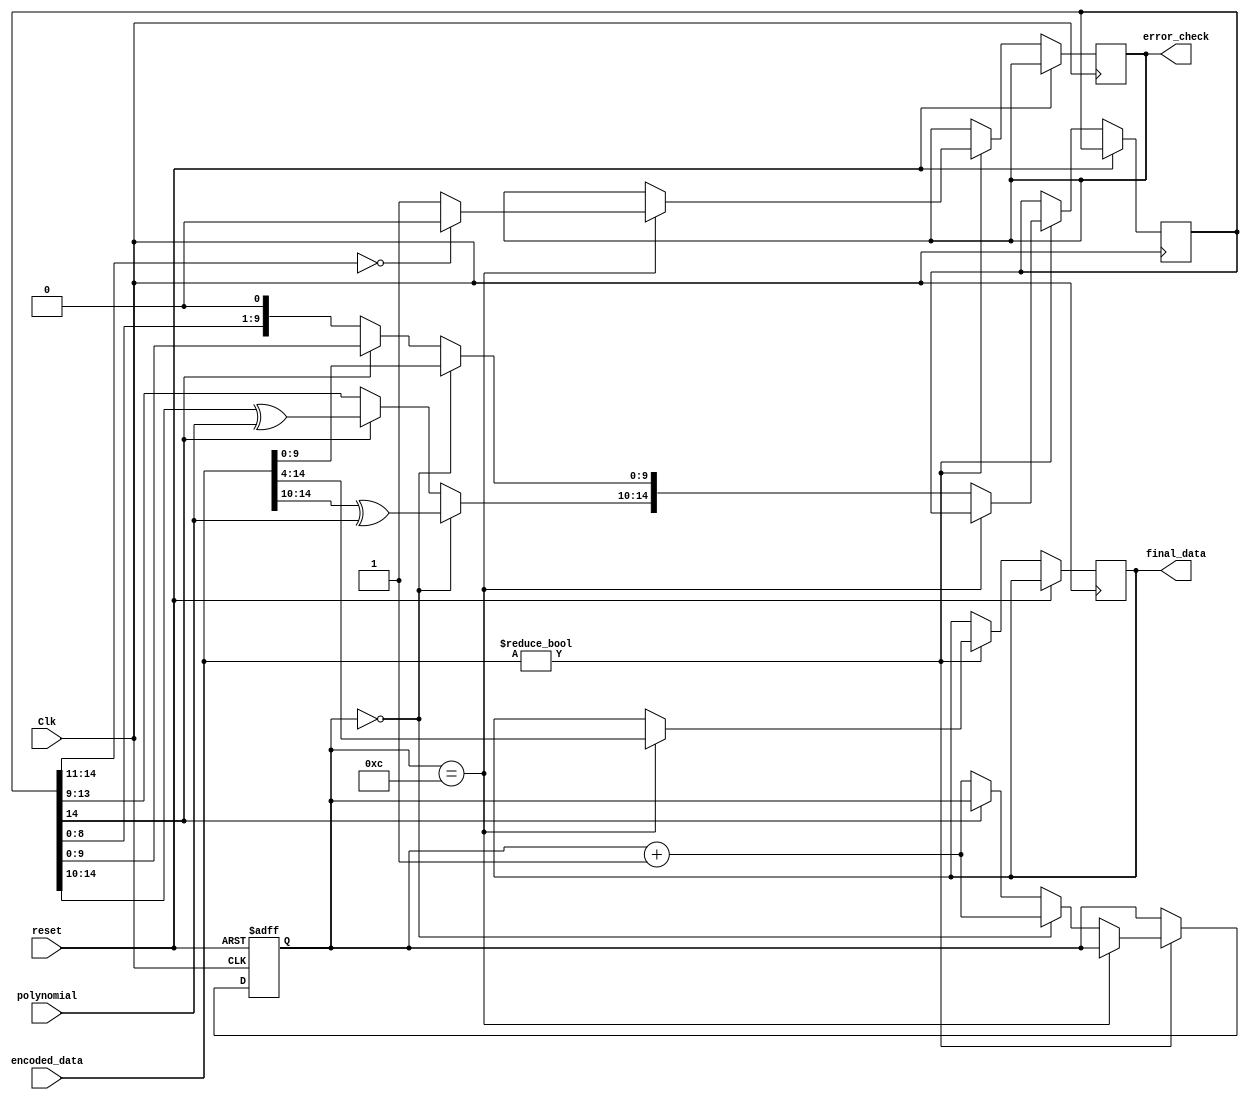
`timescale 1ns / 1ps
//////////////////////////////////////////////////////////////////////////////////
// Company: 
// Engineer: 
// 
// Design Name: 
// Module Name: ERROR_DETECTION
// Project Name: 
// Target Devices: 
// Tool Versions: 
// Description: 
// 
// Dependencies: 
// 
// Revision:
// Revision 0.01 - File Created
// Additional Comments:
// 
//////////////////////////////////////////////////////////////////////////////////


module ERROR_DETECTION#(
    parameter N = 11,
    parameter M = 5
)(
    input Clk,
    input reset,
    input [N+M-2:0] encoded_data, 
    input [M-1:0] polynomial,
    
    output reg [N-1:0] final_data,
    output reg error_check
    );
reg [N+M-2:0] dividend;
reg [M-2:0] remainder;
reg [$clog2(N+M):0] shift_count= 0;

always @ (posedge Clk or posedge reset) begin
    if (reset) begin
        shift_count <= 0;
        remainder <= 0;
        
    end
    else if(encoded_data!= 0) begin
        if (shift_count == N+1) begin
            remainder = dividend[N+M-2:N];
            final_data <= encoded_data[N+M-2:M-1];
            if (remainder == 0) 
                error_check <= 0;
            else 
                error_check <= 1;
        end
        else if (shift_count == 0) begin
            dividend = encoded_data;
            dividend[N+M-2:N-1] <= dividend[N+M-2:N-1]^polynomial;
            shift_count = shift_count + 1;
        end
        else begin
            if (dividend[N+M-2] == 1) begin
                dividend[N+M-2:N-1] <= dividend[N+M-2:N-1]^polynomial;
            end
            else begin
                dividend <= dividend << 1'b1;
                shift_count <= shift_count + 1;
            end
        end
    end
end   

endmodule